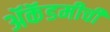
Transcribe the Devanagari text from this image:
ॲकॅडमीची